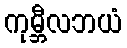
ကုမ္ဘီလဘယံ